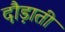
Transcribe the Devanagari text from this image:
दौड़ाती